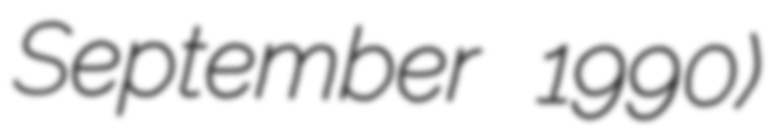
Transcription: September 1990)